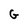
Character: G